Lunatic asylums Punjab 1895-1910 - 1895-1910
Year: 1895
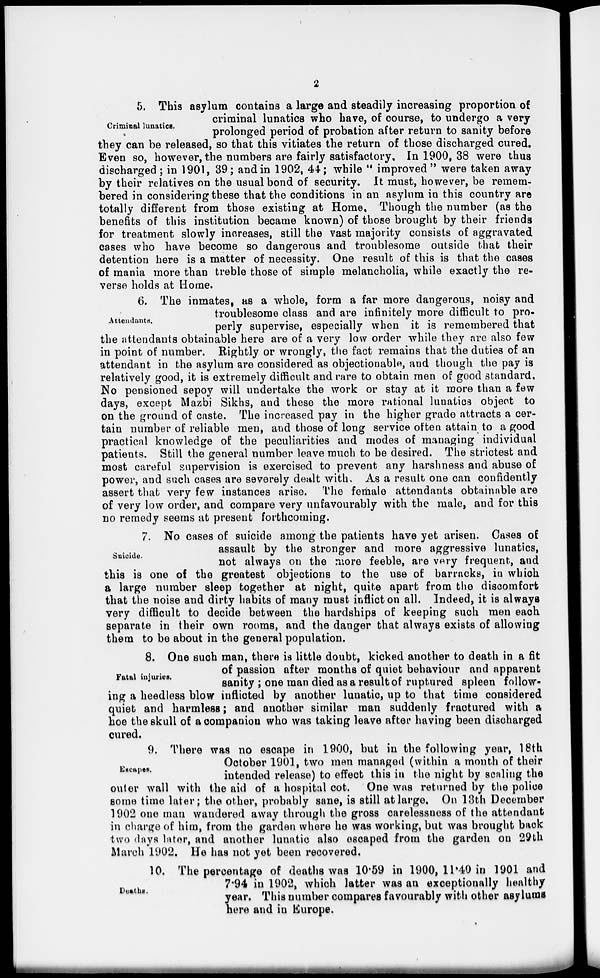
2
Criminal lunatics.
5. This asylum contains a large and steadily increasing proportion of
criminal lunatics who have, of course, to undergo a very
prolonged period of probation after return to sanity before
they can be released, so that this vitiates the return of those discharged cured.
Even so, however, the numbers are fairly satisfactory. In 1900, 38 were thus
discharged; in 1901, 39; and in 1902, 44; while " improved" were taken away
by their relatives on the usual bond of security. It must, however, be remem-
bered in considering these that the conditions in an asylum in this country are
totally different from those existing at Home, Though the number (as the
benefits of this institution became known) of those brought by their friends
for treatment slowly increases, still the vast majority consists of aggravated
cases who have become so dangerous and troublesome outside that their
detention here is a matter of necessity. One result of this is that the cases
of mania more than treble those of simple melancholia, while exactly the re-
verse holds at Home.
Attendants.
6. The inmates, as a whole, form a far more dangerous, noisy and
troublesome class and are infinitely more difficult to pro-
perly supervise, especially when it is remembered that
the attendants obtainable here are of a very low order while they are also few
in point of number. Rightly or wrongly, the fact remains that the duties of an
attendant in the asylum are considered as objectionable, and though the pay is
relatively good, it is extremely difficult and rare to obtain men of good standard.
No pensioned sepoy will undertake the work or stay at it more than a few
days, except Mazbi Sikhs, and these the more rational lunatics object to
on the ground of caste. The increased pay in the higher grade attracts a cer-
tain number of reliable men, and those of long service often attain to a good
practical knowledge of the peculiarities and modes of managing individual
patients. Still the general number leave much to be desired. The strictest and
most careful supervision is exercised to prevent any harshness and abuse of
power, and such cases are severely dealt with. As a result one can confidently
assert that very few instances arise. The female attendants obtainable are
of very low order, and compare very unfavourably with the male, and for this
no remedy seems at present forthcoming.
Suicide.
7. No cases of suicide among the patients have yet arisen. Cases of
assault by the stronger and more aggressive lunatics,
not always on the more feeble, are very frequent, and
this is one of the greatest objections to the use of barracks, in which
a large number sleep together at night, quite apart from the discomfort
that the noise and dirty habits of many must inflict on all. Indeed, it is always
very difficult to decide between the hardships of keeping such men each
separate in their own rooms, and the danger that always exists of allowing
them to be about in the general population.
Fatal injuries.
8. One such man, there is little doubt, kicked another to death in a fit
of passion after months of quiet behaviour and apparent
sanity ; one man died as a result of ruptured spleen follow-
ing a heedless blow inflicted by another lunatic, up to that time considered
quiet and harmless; and another similar man suddenly fractured with a
hoe the skull of a companion who was taking leave after having been discharged
cured.
Escapes.
9. There was no escape in 1900, but in the following year, 18th
October 1901, two men managed (within a month of their
intended release) to effect this in the night by scaling the
outer wall with the aid of a hospital cot. One was returned by the police
some time later; the other, probably sane, is still at large. On 13th December
1902 one man wandered away through the gross carelessness of the attendant
in charge of him, from the garden where he was working, but was brought back
two days later, and another lunatic also escaped from the garden on 29th
March 1902. He has not yet been recovered.
Deaths.
10. The percentage of deaths was 10.59 in 1900, 11.40 in 1901 and
7.94 in 1902, which latter was an exceptionally healthy
year. This number compares favourably with other asylums
here and in Europe.